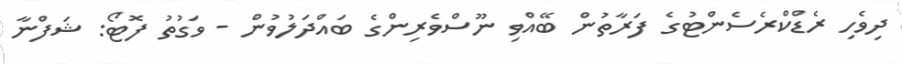
ދިވެހި ރެޑްކްރެސެންޓުގެ ފަރާތުން ބޭއްވި ނޫސްވެރިންގެ ބައްދަލުވުން - ވަގުތު ފޮޓޯ: ޝަފްނާ